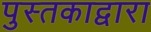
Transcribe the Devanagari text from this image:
पुस्तकाद्वारा